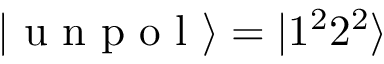
| \mathrm { ~ u ~ n ~ p ~ o ~ l ~ } \rangle = | 1 ^ { 2 } 2 ^ { 2 } \rangle